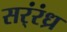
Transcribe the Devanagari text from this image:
सर्ंरंध्र